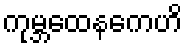
ကုမ္ဘထေနကေဟိ